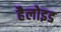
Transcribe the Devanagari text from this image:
हैलोइड